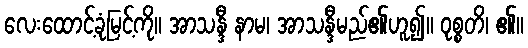
လေးထောင့်ခုံမြင့်ကို။ အာသန္ဒီ နာမ၊ အာသန္ဒီမည်၏ဟူ၍။ ဝုစ္စတိ၊ ၏။